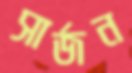
সার্জন